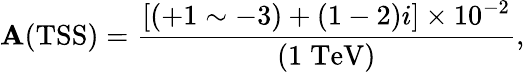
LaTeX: {\cal\mathbf{A}}(\mathrm{{TSS}})=\frac{{\left[(+1\sim-3)+(1-2)i\right]\times10^{-2}}}{{(1\; \mathrm{{TeV}})}},